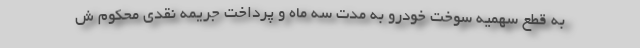
به قطع سهمیه سوخت خودرو به مدت سه ماه و پرداخت جریمه نقدی محکوم ش